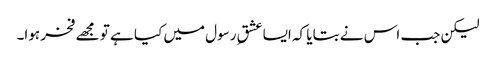
لیکن جب اس نے بتایا کہ ایسا عشقِ رسول میں کیا ہے تو مجھے فخر ہوا۔